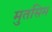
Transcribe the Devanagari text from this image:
मुतसिम